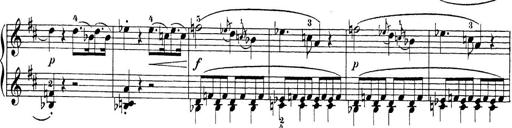
Title: Sonatina Album
Composer: Louis KÃ¶hler